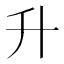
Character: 升